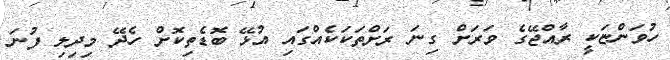
ހުވަންޏަކީ ރާއްޖޭގެ ވަރަށް ގިނަ ރަށްތަކަކެއްގައި އުޅޭ ބޮޑެތިކޮށް ހެދޭ މިދިލި ފުނަ